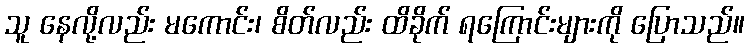
သူ နေလို့လည်း မကောင်း၊ စိတ်လည်း ထိခိုက် ရကြောင်းများကို ပြောသည်။